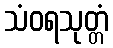
သံဝရသုတ္တံ